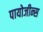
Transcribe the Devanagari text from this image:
पायोजीन्स